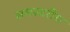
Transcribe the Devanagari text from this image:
समस्वरीय